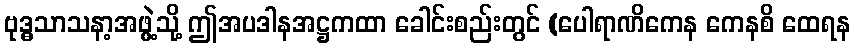
ဗုဒ္ဓသာသနာ့အဖွဲ့သို့ ဤအပဒါနအဋ္ဌကထာ ခေါင်းစည်းတွင် (ပေါရာဏိကေန ကေနစိ ထေရန